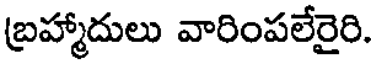
బ్రహ్మాదులు వారింపలేరైరి.